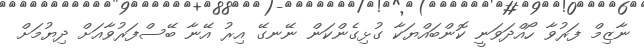
ނާޒިމް ފަރުވާ ހޯއްދަވަނީ ކޮންބައްޔަކާ ގުޅިގެންކަން ނޭނގޭ އިރު އޭނާ ބޭސްފަރުވާއަށް ދިޔުމަށް